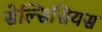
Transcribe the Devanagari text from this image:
सेल्सिसियस